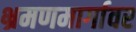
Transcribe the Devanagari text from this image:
भ्रमणमार्गावर